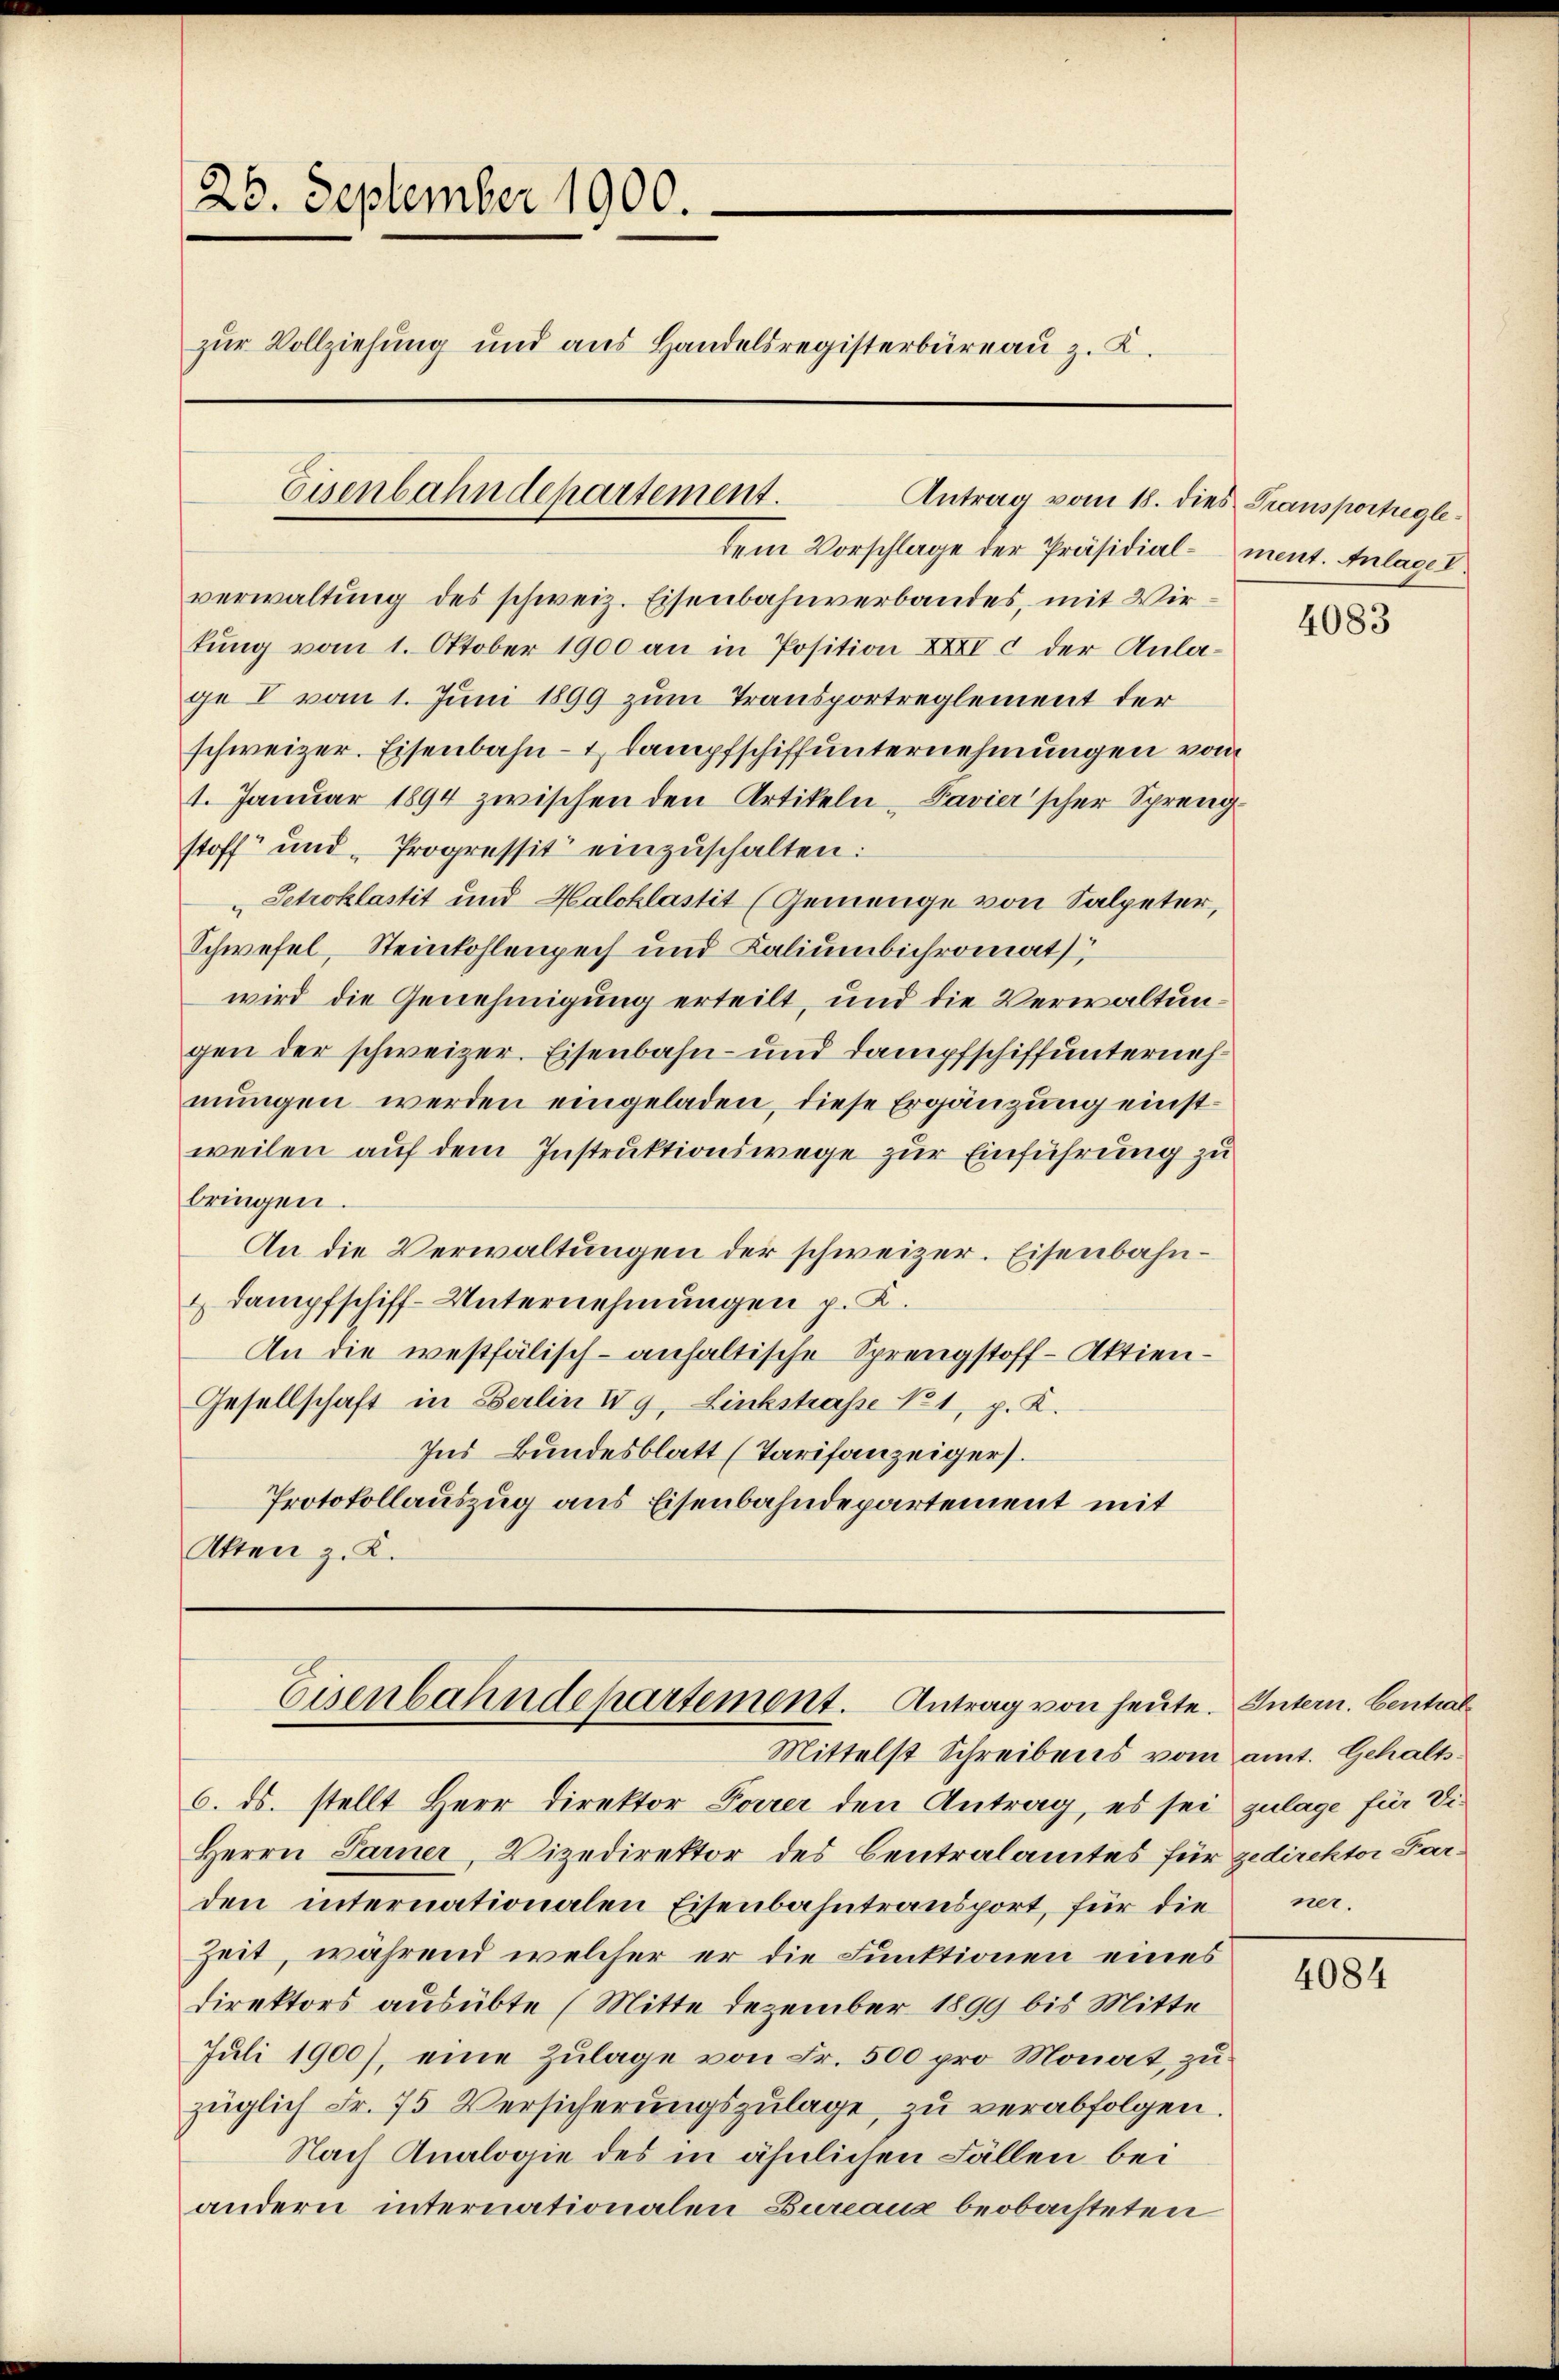
26. September 1900.
zŭr Vollziehung und ans Handelsregisterbüreaŭ z. K.
Eisenbahndepartement.

verwaltung des schweiz. Eisenbahnverbandes, mit Wirkŭng vom 1. Oktober 1900 an in Position XXXI c der Anlage I vom 1. Juni 1899 zum Transportreglement der
schweizer. Eisenbahn- & Lampfschiffunternehmungen vom
1. Januar 1894 zwischen den Artikeln Pavier’scher Sprengstoff und Progressit einzuschalten:
Setroklastit und Halcklastit (Gemenge von Salpeter,
Schwefel, Steinkohlenpech und Kaliumbichromat
wird die Genehmigung erteilt, und die Verwaltungen der schweizer. Eisenbahn- und Dampfschiffunternehmungen werden eingeladen, diese Ergänzung einstweilen auf dem Instruktionswege zur Einführung zu
bringen.
An die Verwaltungen der schweizer. Eisenbahn¬
 Dampfschiff- Unternehmungen p. K.
An die westfälisch-anhaltische Sprengstoff-Aktien¬
Gesellschaft in Berlin Vg, Linkstraße No 1, p. K.
Ins Bundesblatt (Tarifanzeiger.
Protokollauszug aus Eisenbahndepartement mit
Akten z. K.

Antrag vom 18. dies Transportregledem Vorschlage der Präsidial- ment. Anlage l

Eisenbahndepartement. Antrag von heute. Intern. Central
Mittelst Schreibens vom amt. Gehalts¬

6. ds. stellt Herr Direktor Forrer den Antrag, es sei zulage für Di¬
Herrn Sarner, Vizedirektor des Centralamtes für zedirektor Farden internationalen Eisenbahntransport, für die
Zeit, während welcher er die Funktionen eines
direktors ausübte (Mitte Dezember 1899 bis Mitte
Juli 1900), eine Zulage von Fr. 500 pro Monat, zu
züglich Fr. 75 Versicherungszulage, zu verabfolgen.
Nach Analogie des in ähnlichen Fällen bei
andern internationalen Bureaux beobachteten

4083

ner.

4084